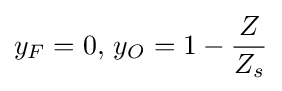
y_{F}=0,\,y_{O}=1-{\frac {Z}{Z_{s}}}